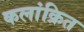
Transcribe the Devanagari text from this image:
कलांक्रित